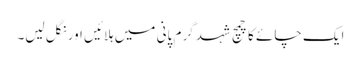
ایک چائے کا چمچ شہد گرم پانی میں ہلائیں اور نگل لیں۔